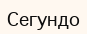
Сегундо